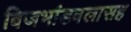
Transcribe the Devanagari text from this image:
बिजभांडवलासह